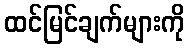
ထင်မြင်ချက်များကို